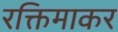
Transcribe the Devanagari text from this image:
रक्तिमाकर